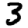
Digit: 3